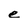
Character: e